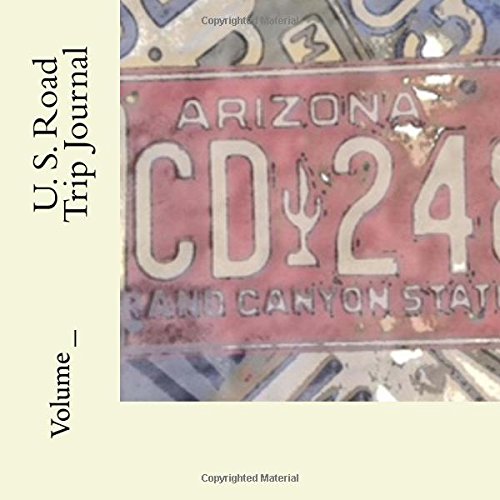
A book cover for U. S. Road Trip Journal: Arizona Cover (S M Road Trip Journals); S M; Travel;